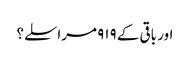
اور باقی کے ۹۱۹ مراسلے؟